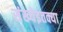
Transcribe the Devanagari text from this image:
संख्येइतक्या